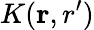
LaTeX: K({\mathbf r,r^{\prime}})